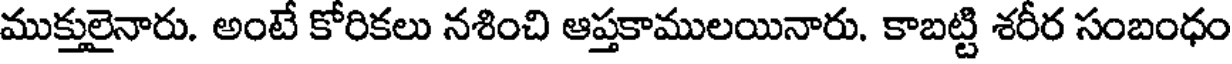
ముక్తులైనారు. అంటే కోరికలు నశించి ఆప్తకాములయినారు. కాబట్టి శరీర సంబంధం